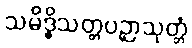
သမိဒ္ဓိသတ္တပဉှာသုတ္တံ